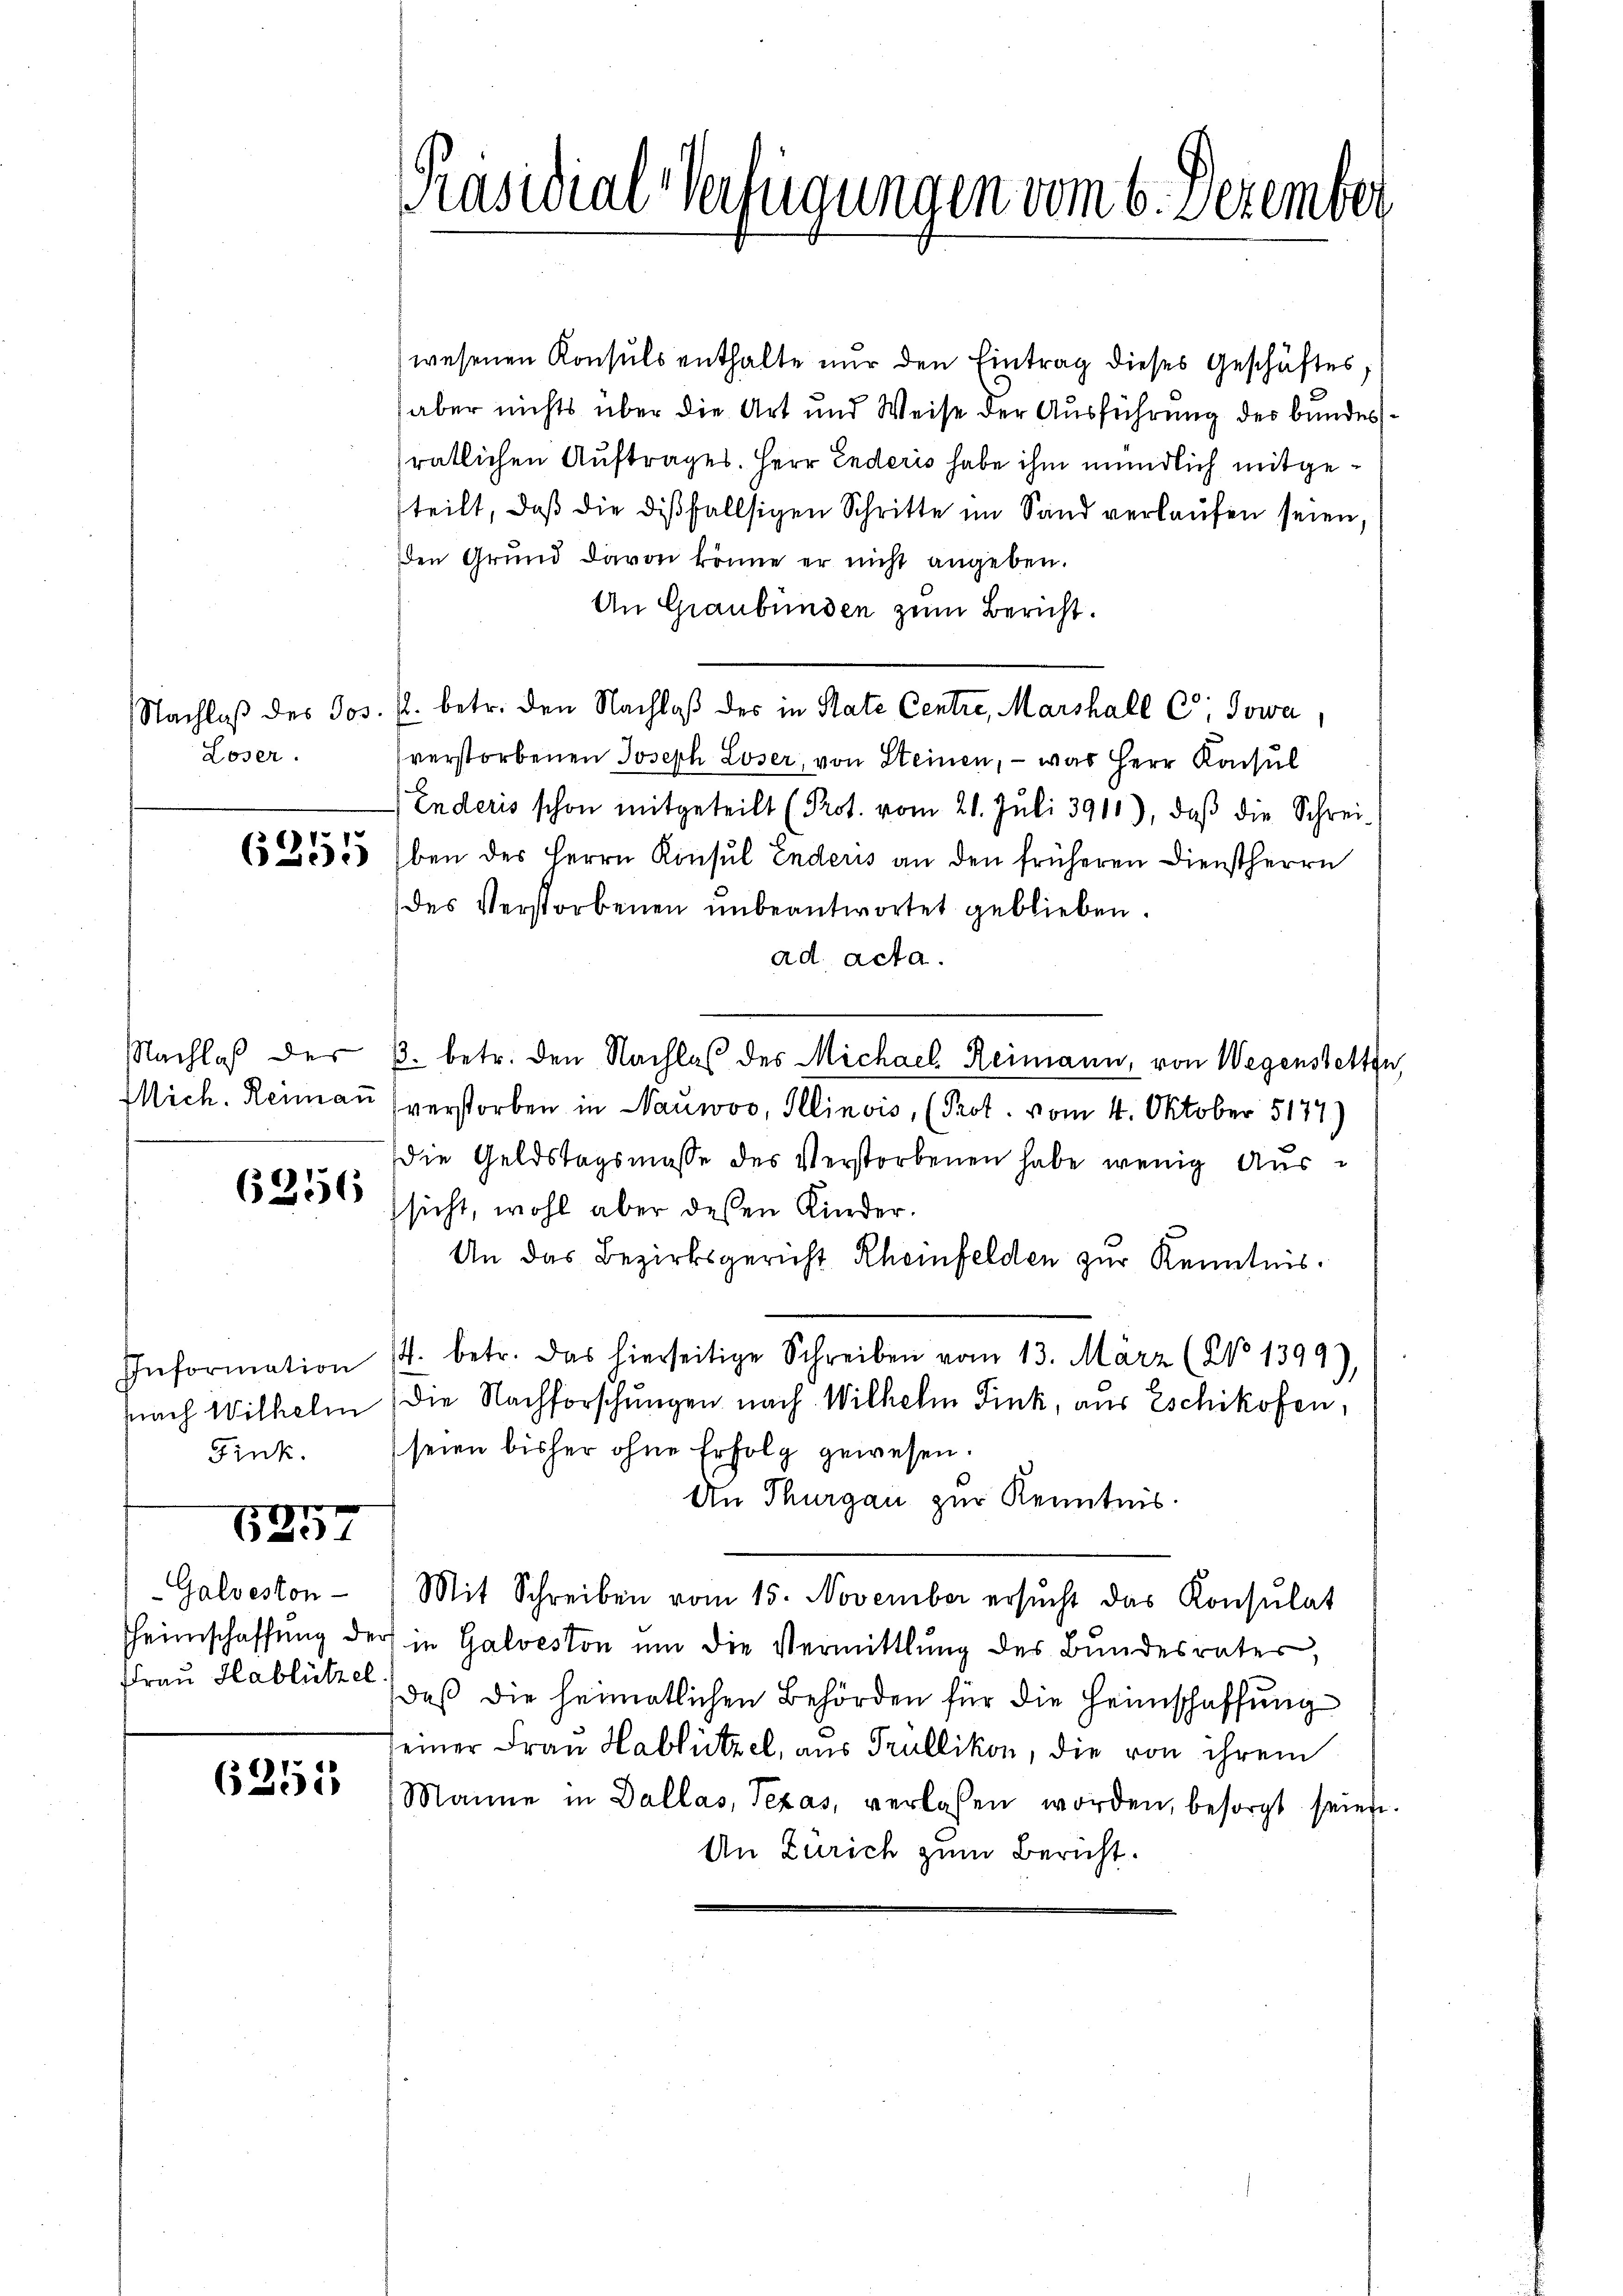
Loser.

wesenen Konsuls enthalte nur den Eintrag dieses Geschäftes;
aber nichts über die Art und Weise der Ausführung des bundesrätlichen Auftrages. Herr Enderis habe ihm mündlich mitgesteilt, daß die dißfallsigen Schritte im Sand verlaufen seien,
Den Grund davon könne er nicht angeben.
An Graubünden zum Bericht.
Nachlaß des Jos. Z. betr. den Nachlaß der in State Centre, Marshall C: Jowa,
verstorbenen Joseph Loser, von Steinen, – was Herr Konsul
Enderis schon mitgeteilt (Prot. vom 21. Juli 3911), daβ die Schrei¬
6355 Eben des Herrn Kinsul Enderis an den früheren Dienstherrn
des Verstorbenen unbeantwortet geblieben.
ad acta.
Nachlaβ der 3. betr. den Nachlas des Michael Reimann, von Wegenstettin
Mich. Reimaṅ verstorben in Nauwoo, Illinois, (Prot. vom 4. Oktober 5177)
die Geldstagsmasse des Verstorbenen habe wenig Aus¬
6356
sicht, wohl aber dessen Kinder.
An das Bezirksgericht Rheinfelden zur Kenntnis.
Information s. betr. das hierseitige Schreiben vom 13. März (No 1399)
snach Wilhelm (die Nachforschungen nach Wilhelm Fink, aus Eschikofen,
Fink. seien bisher ohne Erfolg gewesen.
An Thurgau zur Kenntnis.
6257
Galveston - Mit Schreiben vom 15. November ersŭcht das Konsulat
Heimschaffung der in Galveston um die Vermittlung des Bundesrater,
Frau Hablützel, daß die heimatlichen Behörden für die Heimschaffung
seiner Frau Hablützel, aus Trüllikon, die von ihrem
Manne in Dallas, Texas, verlassen worden, besorgt seien.
An Zürich zum Bericht.

6351

Präsidial-Verfügungen vom 6. Dezember